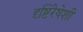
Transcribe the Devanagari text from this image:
दृष्टिरेषेशी